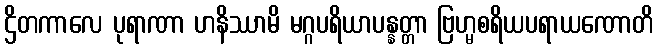
ဌိတကာလေ ပုရာဏာ ဟနိဿာမိ မဂ္ဂပရိယာပန္နတ္တာ ဗြဟ္မစရိယပရာယဏောတိ